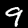
Digit: 9